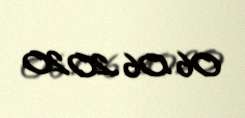
06.06.2020